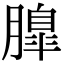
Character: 𦟞